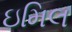
ઇમિલ